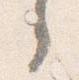
之